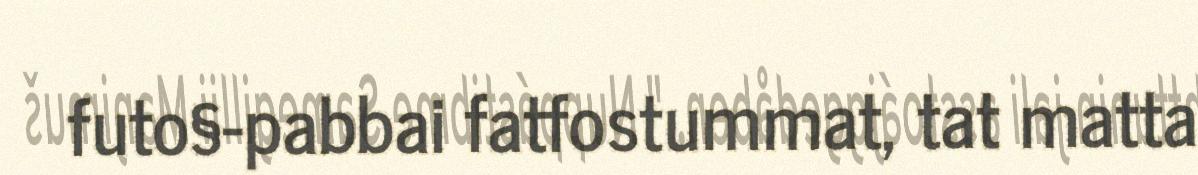
futo§-pabbai fatfostummat, tat matta